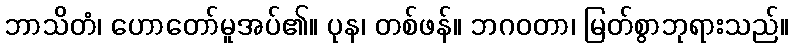
ဘာသိတံ၊ ဟောတော်မူအပ်၏။ ပုန၊ တစ်ဖန်။ ဘဂဝတာ၊ မြတ်စွာဘုရားသည်။